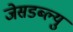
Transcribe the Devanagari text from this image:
जेसडब्ल्यु